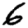
Digit: 6